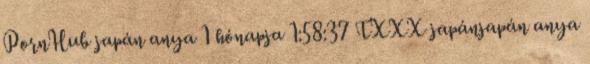
PornHub japán anya 1 hónapja 1:58:37 TXXX japánjapán anya